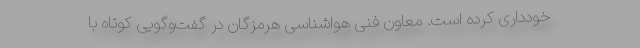
خودداری کرده است. معاون فنی هواشناسی هرمزگان در گفت‌وگویی کوتاه با